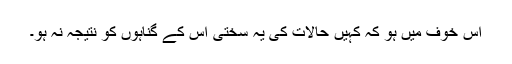
اس خوف میں ہو کہ کہیں حالات کی یہ سختی اس کے گناہوں کو نتیجہ نہ ہو۔